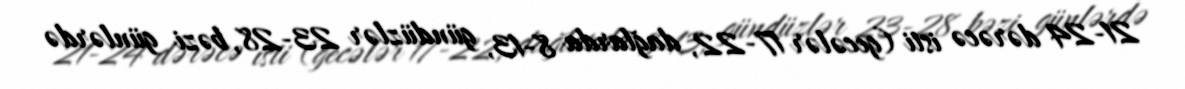
21-24 dərəcə isti (gecələr 17-22, dağlarda 8-13, gündüzlər 23-28, bəzi günlərdə